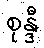
စုန္ဒီ